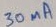
Text: 30mA